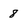
Character: 8